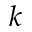
k